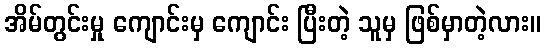
အိမ်တွင်းမှု ကျောင်းမှ ကျောင်း ပြီးတဲ့ သူမှ ဖြစ်မှာတဲ့လား။